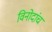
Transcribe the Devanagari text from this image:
विनोदांचं